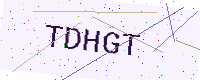
Text: TDHGT